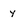
Character: y